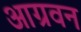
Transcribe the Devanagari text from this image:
आग्रवन